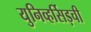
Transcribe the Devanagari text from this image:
युनिव्हर्सिड़ची